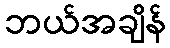
ဘယ်အချိန်